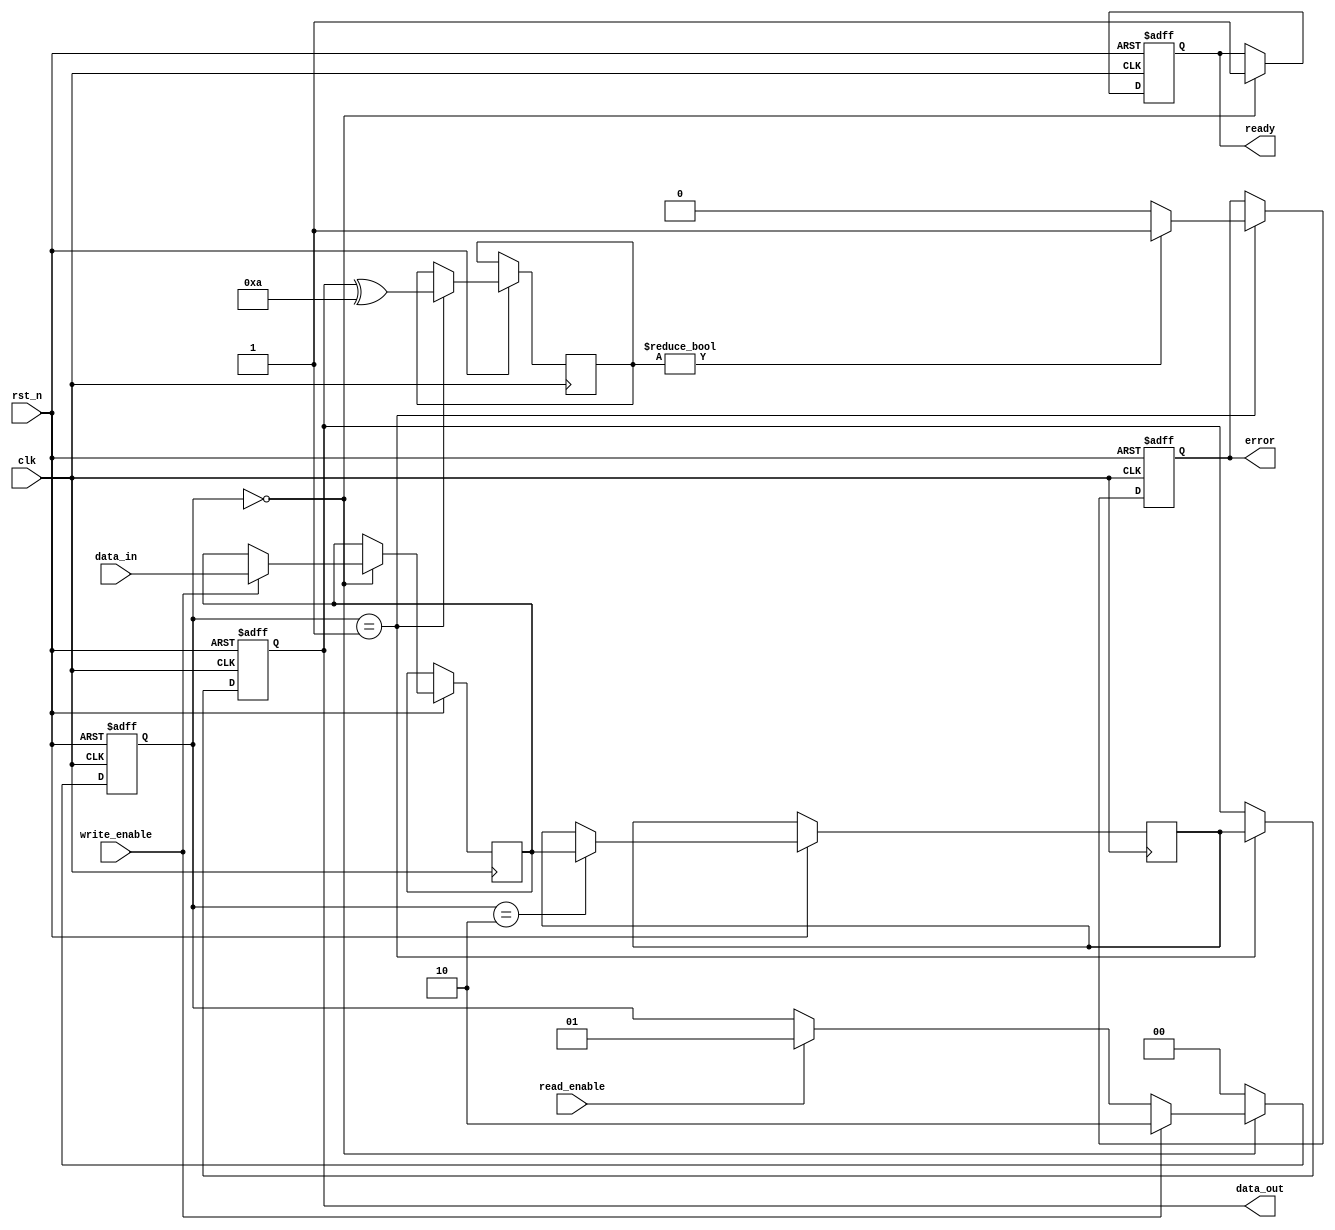
module mlc_nand_io_block (
    input wire clk,                          // Clock signal
    input wire rst_n,                        // Active low reset
    input wire [3:0] data_in,                // Input data (4 bits for MLC)
    input wire read_enable,                  // Read enable signal
    input wire write_enable,                 // Write enable signal
    output reg [3:0] data_out,               // Output data
    output reg ready,                        // Ready status signal
    output reg error                         // Error signal
);

// Data Latches
reg [3:0] data_latch;

// Sense Amplifiers
reg [3:0] sense_amp;

// Control Logic
reg [1:0] state;                           // State for read/write operations
localparam IDLE = 2'b00, READ = 2'b01, WRITE = 2'b10;

// Error Correction Code (ECC) Logic
reg [3:0] ecc_code;

// Power Management (simplified)
reg low_power_mode;

// Timing and Control Signals
always @(posedge clk or negedge rst_n) begin
    if (!rst_n) begin
        state <= IDLE;
        data_out <= 4'b0000;
        ready <= 1'b0;
        error <= 1'b0;
        low_power_mode <= 1'b0;
    end else begin
        case (state)
            IDLE: begin
                ready <= 1'b1;
                if (write_enable) begin
                    data_latch <= data_in;
                    state <= WRITE;
                end else if (read_enable) begin
                    state <= READ;
                end
            end
            
            WRITE: begin
                // Simulate writing data to NAND cells
                // Here you would typically include the logic to write to the NAND core
                // For simplicity, we just pass the data latch to the sense amplifier
                sense_amp <= data_latch; // Simulated write operation
                state <= IDLE;
            end
            
            READ: begin
                // Simulate reading data from NAND cells
                // Here you would typically include the logic to read from the NAND core
                // For simplicity, we just pass the sense amplifier output to the output
                data_out <= sense_amp; // Simulated read operation
                
                // Simulate ECC check (for demonstration purposes)
                ecc_code <= data_out ^ 4'b1010; // Dummy ECC calculation
                if (ecc_code != 4'b0000) begin
                    error <= 1'b1; // Error detected
                end else begin
                    error <= 1'b0; // No error
                end
                
                state <= IDLE;
            end
            
            default: state <= IDLE;
        endcase
    end
end

endmodule